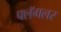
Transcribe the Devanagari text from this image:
फ्लॅगलर